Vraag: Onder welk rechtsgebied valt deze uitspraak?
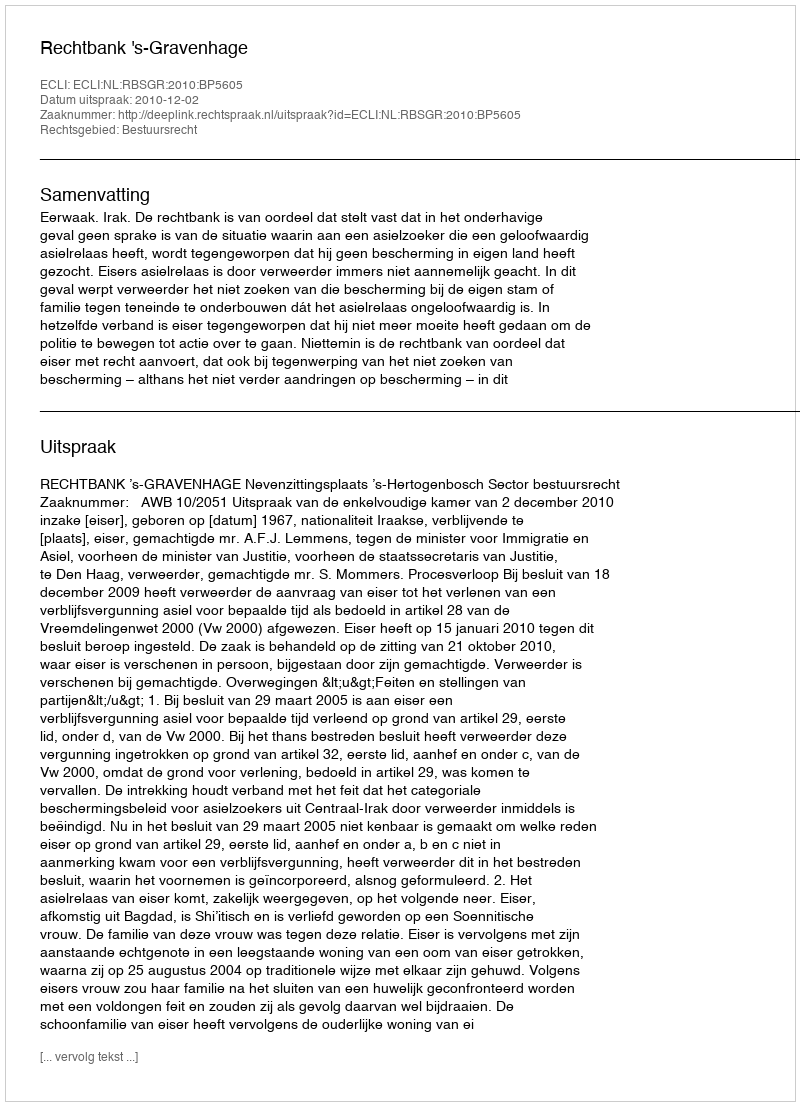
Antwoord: Bestuursrecht